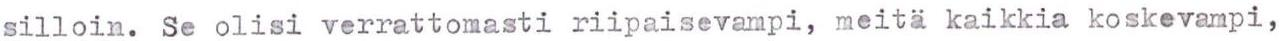
silloin. Se olisi verrattomasti riipaisevampi, meitä kaikkia koskevampi,